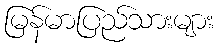
မြန်မာပြည်သားများ